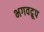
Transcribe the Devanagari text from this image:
भगवद्रूप